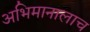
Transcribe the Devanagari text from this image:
अभिमानालाच